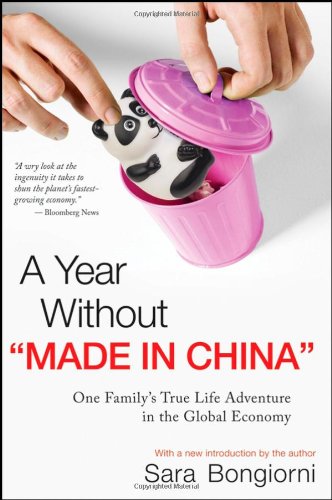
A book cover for A Year Without "Made in China": One Family's True Life Adventure in the Global Economy; Sara Bongiorni; Business & Money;